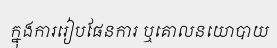
ក្នុងការរៀបផែនការ ឬគោលនយោបាយ